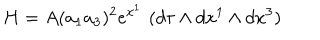
LaTeX: H = A ( a _ { 1 } a _ { 3 } ) ^ { 2 } e ^ { x ^ { 1 } } \, \, ( d \tau \wedge d x ^ { 1 } \wedge d x ^ { 3 } )